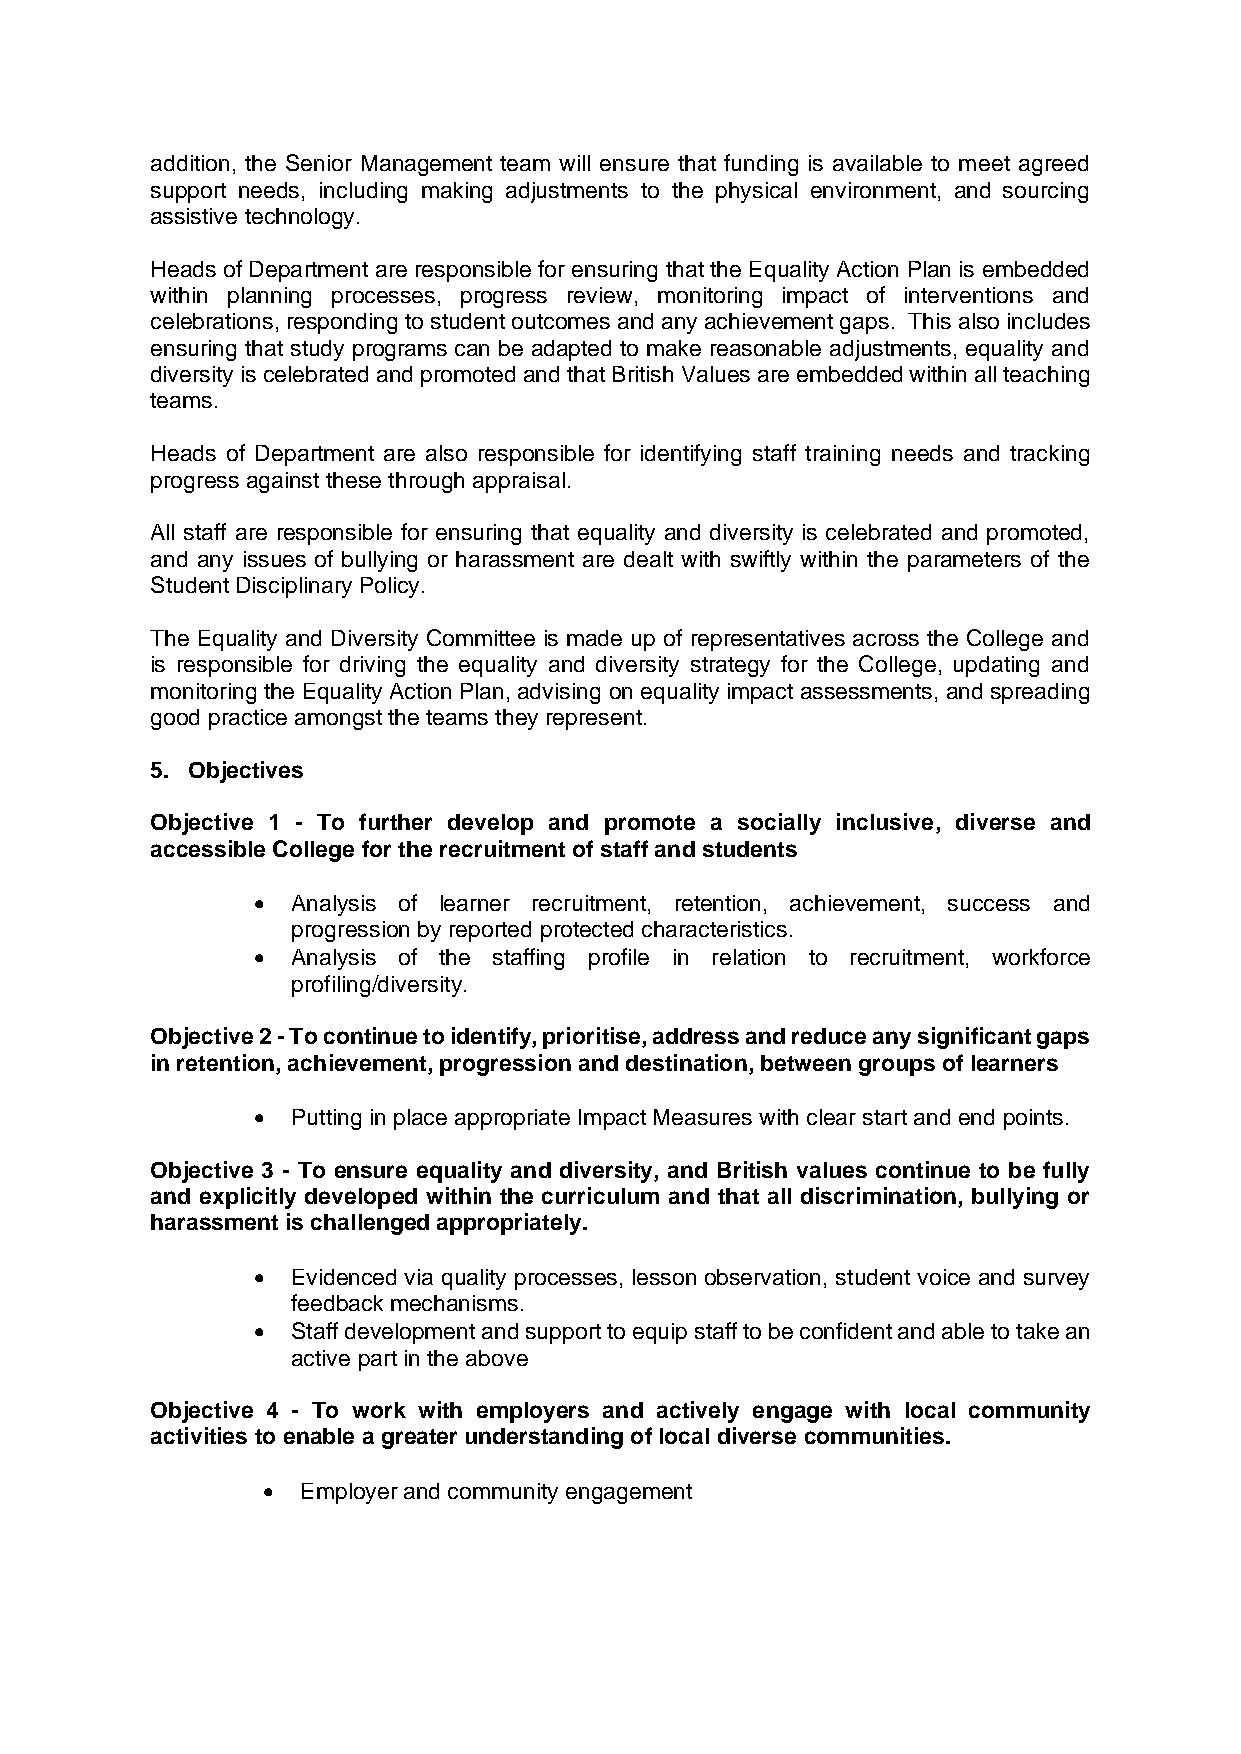
addition, the Senior Management team will ensure that funding is available to meet agreed
 support needs, including making adjustments to the physical environment, and sourcing
 assistive technology.
 Heads of Department are responsible for ensuring that the Equality Action Plan is embedded
 within planning processes, progress review, monitoring impact of interventions and
 celebrations, responding to student outcomes and any achievement gaps. This also includes
 ensuring that study programs can be adapted to make reasonable adjustments, equality and
 diversity is celebrated and promoted and that British Values are embedded within all teaching
 teams.
 Heads of Department are also responsible for identifying staff training needs and tracking
 progress against these through appraisal.
 All staff are responsible for ensuring that equality and diversity is celebrated and promoted,
 and any issues of bullying or harassment are dealt with swiftly within the parameters of the
 Student Disciplinary Policy.
 The Equality and Diversity Committee is made up of representatives across the College and
 is responsible for driving the equality and diversity strategy for the College, updating and
 monitoring the Equality Action Plan, advising on equality impact assessments, and spreading
 good practice amongst the teams they represent.
 5. Objectives
 Objective 1 - To further develop and promote a socially inclusive, diverse and
 accessible College for the recruitment of staff and students
 • Analysis of learner recruitment, retention, achievement, success and
 progression by reported protected characteristics.
 • Analysis of the staffing profile in relation to recruitment, workforce
 profiling/diversity.
 Objective 2 - To continue to identify, prioritise, address and reduce any significant gaps
 in retention, achievement, progression and destination, between groups of learners
 • Putting in place appropriate Impact Measures with clear start and end points.
 Objective 3 - To ensure equality and diversity, and British values continue to be fully
 and explicitly developed within the curriculum and that all discrimination, bullying or
 harassment is challenged appropriately.
 • Evidenced via quality processes, lesson observation, student voice and survey
 feedback mechanisms.
 • Staff development and support to equip staff to be confident and able to take an
 active part in the above
 Objective 4 - To work with employers and actively engage with local community
 activities to enable a greater understanding of local diverse communities.
 •  Employer and community engagement